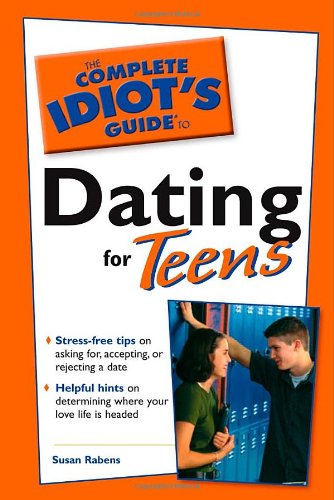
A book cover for Complete Idiot's Guide to Dating for Teens; Susan Rabens; Teen & Young Adult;